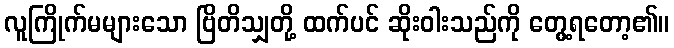
လူကြိုက်မများသော ဗြိတိသျှတို့ ထက်ပင် ဆိုးဝါးသည်ကို တွေ့ရတော့၏။